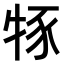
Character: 𤙦